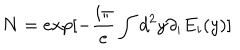
LaTeX: N = e x p [ - \frac { i \pi } { e } \int d ^ { 2 } y \partial _ { i } E _ { i } ( y ) ]